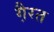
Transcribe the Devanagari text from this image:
गै़रत